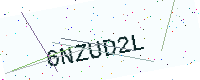
Text: 6NZUD2L